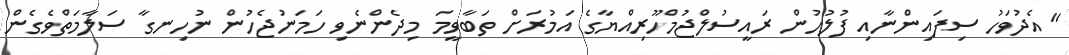
"އެދުވަހު ސިފައިންނާއި ފުލުހުން ރައީސުލްޖުމްހޫރިއްޔާގެ އަމުރަށް ތަބާވީމަ މިދެންނެވި ހަމަނުޖެހުން ނުހިނގާ ސަލާމަތްވެގެން